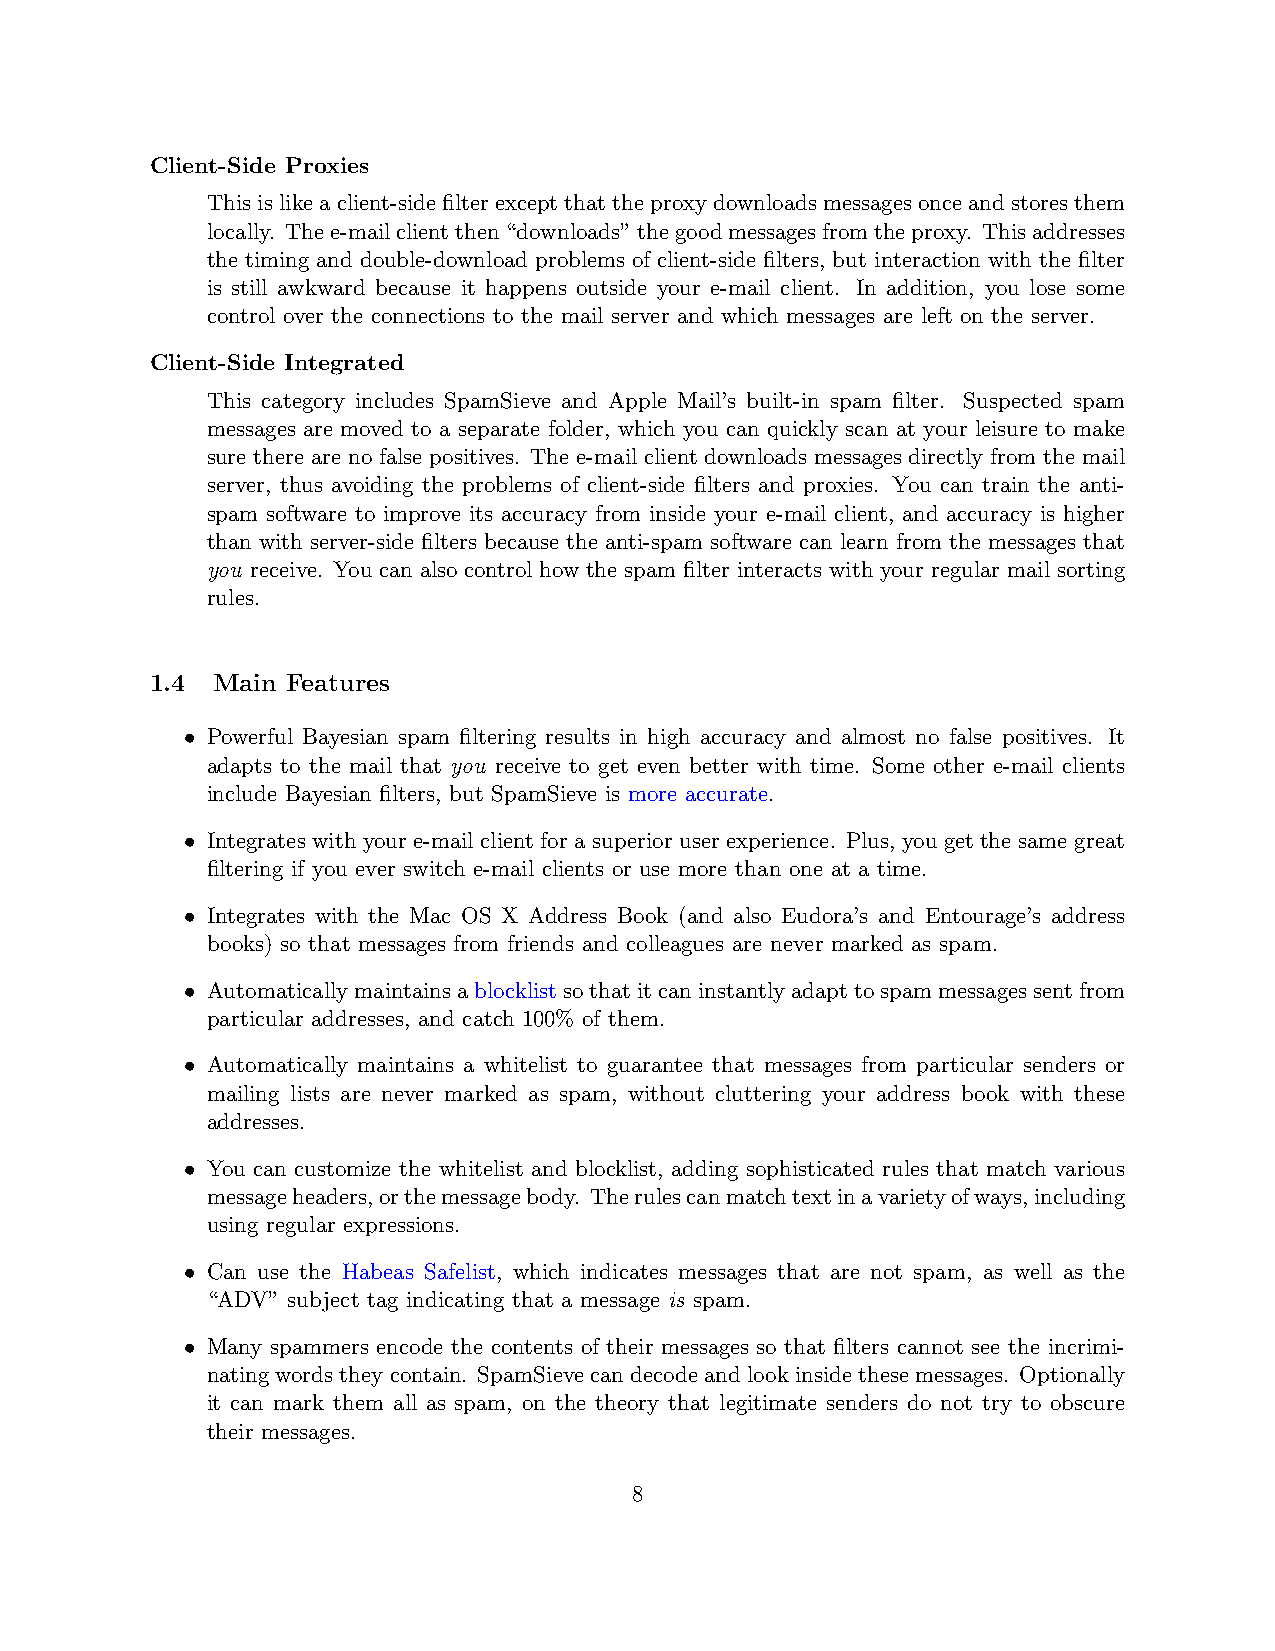
Client-Side Proxies
 Thisislikeaclient-sidefilterexceptthattheproxydownloadsmessagesonceandstoresthem
 locally. Thee-mailclientthen“downloads”thegoodmessagesfromtheproxy. Thisaddresses
 the timing and double-download problems of client-side filters, but interaction with the filter
 is still awkward because it happens outside your e-mail client. In addition, you lose some
 control over the connections to the mail server and which messages are left on the server.
 Client-Side Integrated
 This category includes SpamSieve and Apple Mail’s built-in spam filter. Suspected spam
 messages are moved to a separate folder, which you can quickly scan at your leisure to make
 sure there are no false positives. The e-mail client downloads messages directly from the mail
 server, thus avoiding the problems of client-side filters and proxies. You can train the anti-
 spam software to improve its accuracy from inside your e-mail client, and accuracy is higher
 than with server-side filters because the anti-spam software can learn from the messages that
 you receive. You can also control how the spam filter interacts with your regular mail sorting
 rules.
 1.4 Main Features
 • Powerful Bayesian spam filtering results in high accuracy and almost no false positives. It
 adapts to the mail that you receive to get even better with time. Some other e-mail clients
 include Bayesian filters, but SpamSieve is more accurate.
 • Integrates with your e-mail client for a superior user experience. Plus, you get the same great
 filtering if you ever switch e-mail clients or use more than one at a time.
 • Integrates with the Mac OS X Address Book (and also Eudora’s and Entourage’s address
 books) so that messages from friends and colleagues are never marked as spam.
 • Automaticallymaintainsablocklistsothatitcaninstantlyadapttospammessagessentfrom
 particular addresses, and catch 100% of them.
 • Automatically maintains a whitelist to guarantee that messages from particular senders or
 mailing lists are never marked as spam, without cluttering your address book with these
 addresses.
 • You can customize the whitelist and blocklist, adding sophisticated rules that match various
 messageheaders,orthemessagebody. Therulescanmatchtextinavarietyofways,including
 using regular expressions.
 • Can use the Habeas Safelist, which indicates messages that are not spam, as well as the
 “ADV” subject tag indicating that a message is spam.
 • Many spammers encode the contents of their messages so that filters cannot see the incrimi-
 natingwordstheycontain. SpamSievecandecodeandlookinsidethesemessages. Optionally
 it can mark them all as spam, on the theory that legitimate senders do not try to obscure
 their messages.
 8